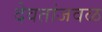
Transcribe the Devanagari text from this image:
देवतांजवळ